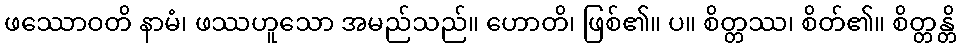
ဖဿောဝတိ နာမံ၊ ဖဿဟူသော အမည်သည်။ ဟောတိ၊ ဖြစ်၏။ ပ။ စိတ္တဿ၊ စိတ်၏။ စိတ္တန္တိ